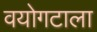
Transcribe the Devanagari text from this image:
वयोगटाला